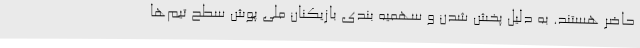
حاضر هستند. به دلیل پخش شدن و سهمیه بندی بازیکنان ملی پوش سطح تیم‌ها